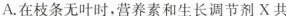
A.在枝条无叶时，营养素和生长调节剂X共